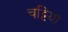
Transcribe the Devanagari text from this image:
चट्टियां